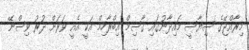
މިރާއްޖޭގެ ސިޔާސީ މައިދާނުގައި ގާސިމް އިބްރާހިމް އަކީ އެއީ ވަރަށް ދުރު ވިސްނޭ